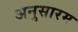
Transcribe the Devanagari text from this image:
अनुसारम